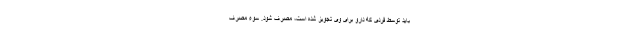
باید توسط فردی که دارو برای وی تجویز شده است، مصرف شود. سوء مصرف